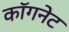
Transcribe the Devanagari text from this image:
कॉगनेट